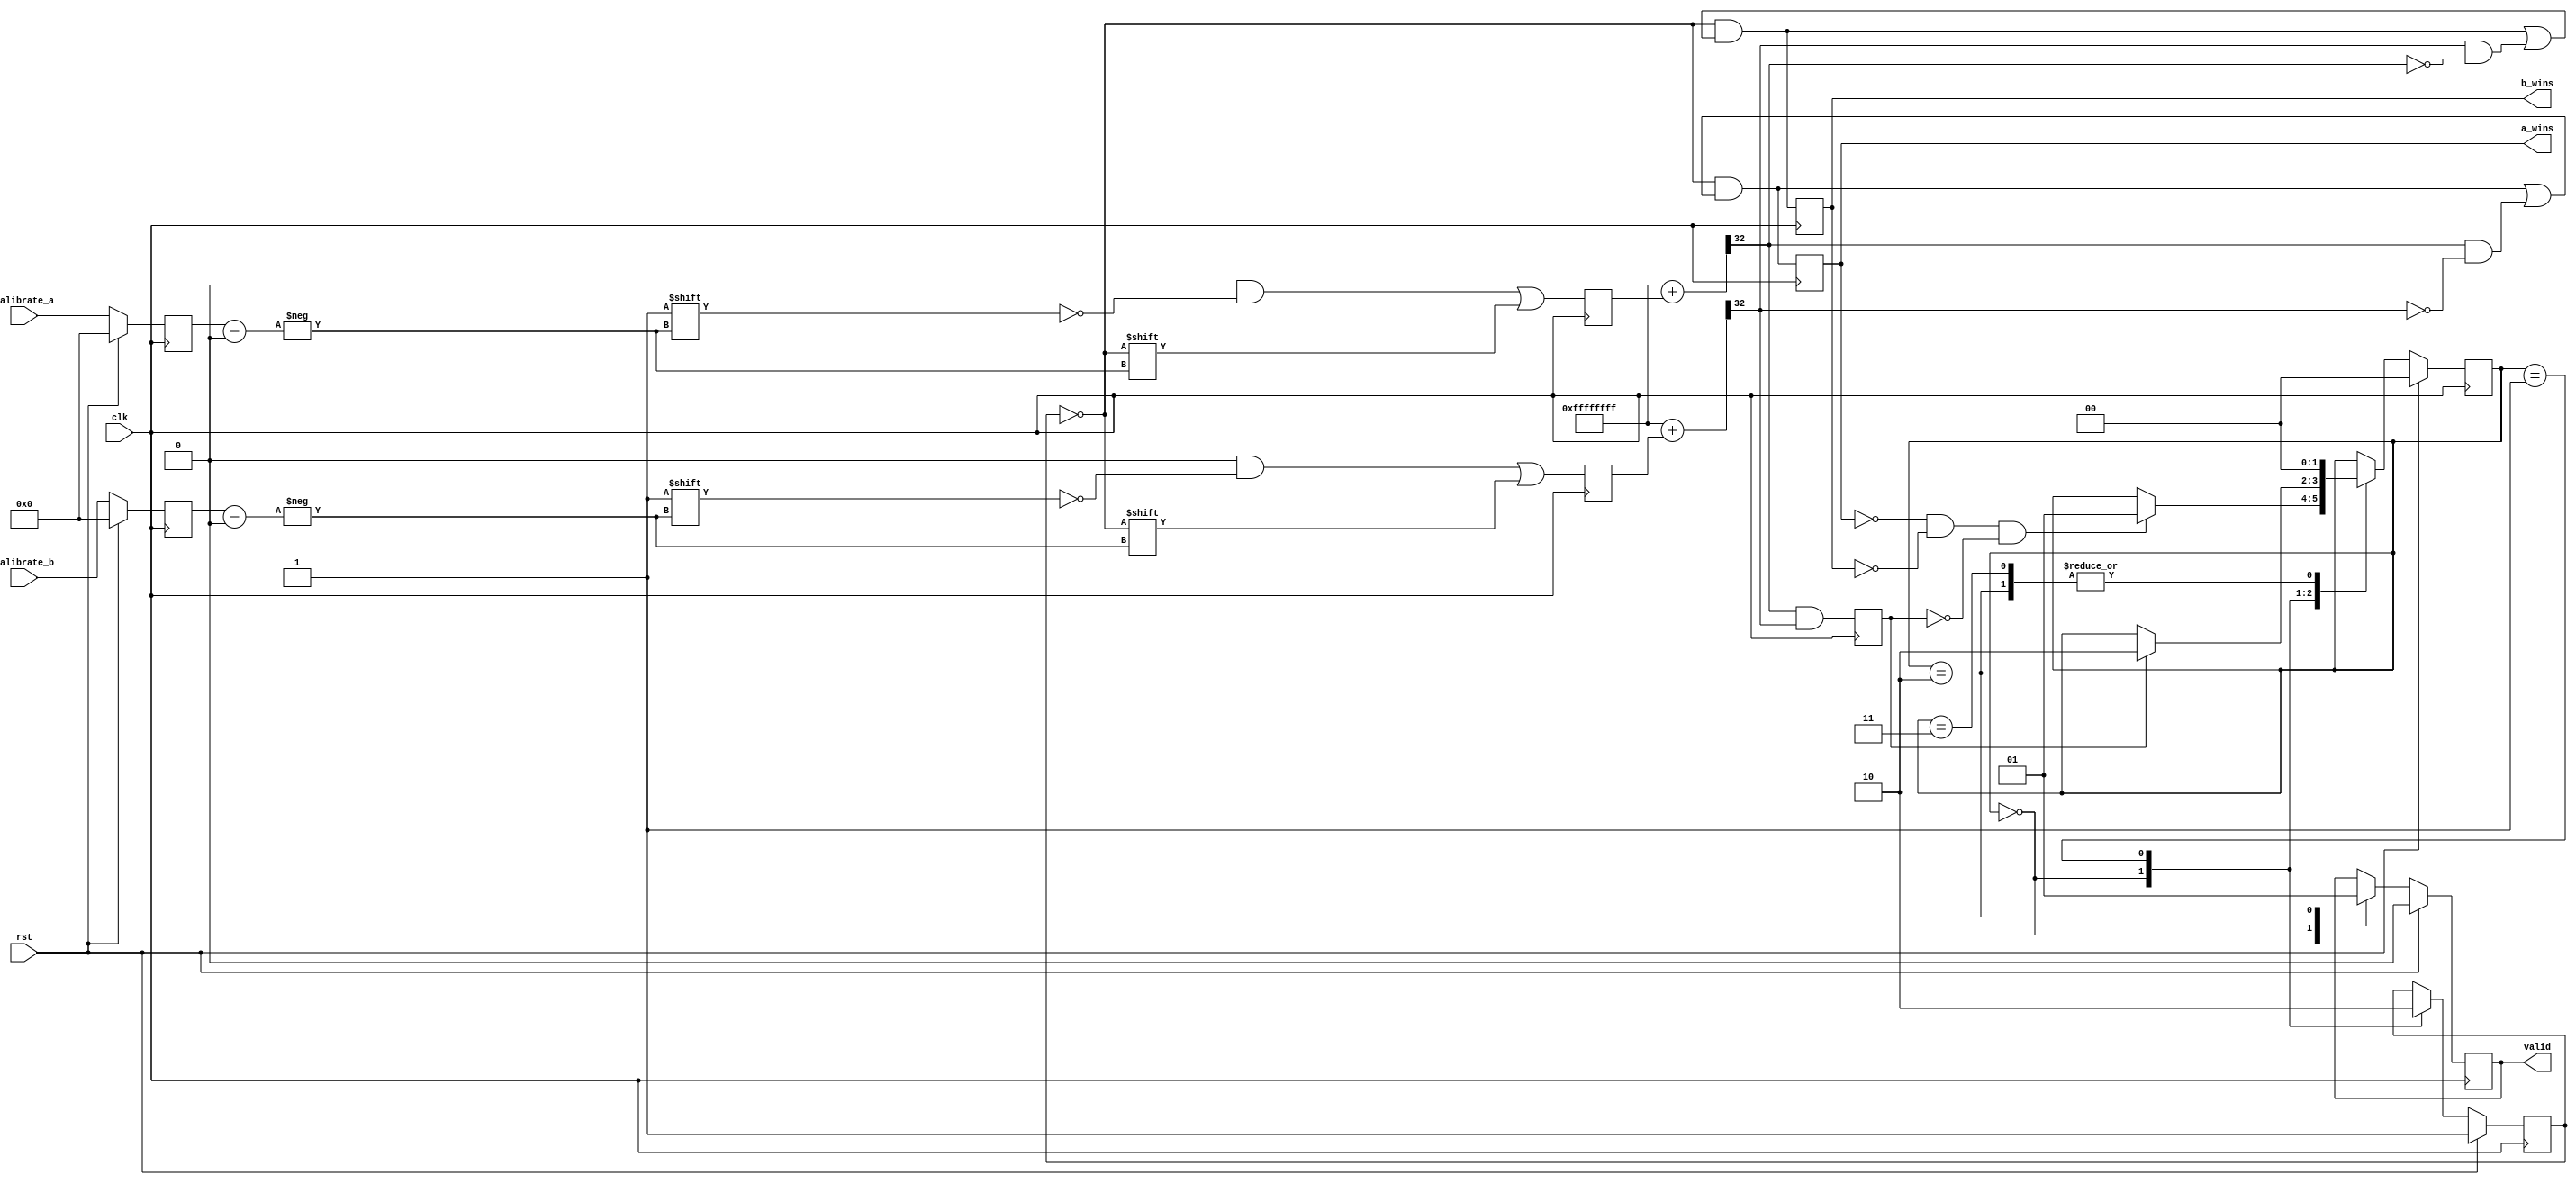
module chain_delay_race
(
	clk,rst,
	calibrate_a,
	calibrate_b,
	a_wins,
	b_wins,
	valid		
);

parameter CHAIN_LEN = 32;
parameter CALIBRATE_BITS = 4;
localparam CALIBRATE_DEC = (1<<CALIBRATE_BITS);

input clk,rst;
input [CALIBRATE_BITS-1:0] calibrate_a;
input [CALIBRATE_BITS-1:0] calibrate_b;
output a_wins,b_wins,valid;

reg flush, valid;

///////////////////////
// input regs
///////////////////////
reg [CALIBRATE_BITS-1:0] calibrate_a_r /* synthesis preserve */;
reg [CALIBRATE_BITS-1:0] calibrate_b_r /* synthesis preserve */;

always @(posedge clk) begin
	if (rst) begin
		calibrate_a_r <= 0;
		calibrate_b_r <= 0;
	end
	else begin
		calibrate_a_r <= calibrate_a;
		calibrate_b_r <= calibrate_b;
	end
end

///////////////////////
// path A
///////////////////////
reg [CALIBRATE_DEC-1:0] calibrate_a_dec;
always @(posedge clk) begin
	calibrate_a_dec <= 0;
	calibrate_a_dec[calibrate_a_r] <= !flush;
end

wire [CHAIN_LEN:0] chain_a = {CHAIN_LEN{1'b1}} + calibrate_a_dec;
wire a_out = chain_a[CHAIN_LEN];

///////////////////////
// path B
///////////////////////
reg [CALIBRATE_DEC-1:0] calibrate_b_dec;
always @(posedge clk) begin
	calibrate_b_dec <= 0;
	calibrate_b_dec[calibrate_b_r] <= !flush;
end

wire [CHAIN_LEN:0] chain_b = {CHAIN_LEN{1'b1}} + calibrate_b_dec;
wire b_out = chain_b[CHAIN_LEN];

///////////////////////
// finish line latches
///////////////////////
wire a_wins_latch, b_wins_latch /* synthesis keep */;
wire trial_complete = a_out & b_out;
assign a_wins_latch = !flush & (a_wins_latch | (a_out & !b_out));
assign b_wins_latch = !flush & (b_wins_latch | (b_out & !a_out));

///////////////////////
// resynchronize
///////////////////////
reg a_wins, b_wins, stable /* synthesis preserve */;
always @(posedge clk) begin
	a_wins <= a_wins_latch;
	b_wins <= b_wins_latch;
	stable <= trial_complete;	
end

////////////////////////////////////
// control - continuous retrigger
////////////////////////////////////
reg [1:0] state /* synthesis preserve */;

always @(posedge clk) begin
	if (rst) begin
		flush <= 1'b1;
		state <= 2'b00;
		valid <= 1'b0;
	end
	else begin
		case (state)
			2'b00 : begin
				flush <= 1'b1;
				valid <= 1'b0;
				if (!a_wins & !b_wins & !stable) state <= 2'b01;
			end
			2'b01 : begin
				flush <= 1'b0;
				if (stable) state <= 2'b10;
			end
			2'b10 : begin
				valid <= 1'b1;
				state <= 2'b00;
			end
			2'b11 : begin
				// unreachable
				state <= 2'b00;
			end
		endcase
	end
end

endmodule